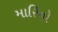
મારિનો